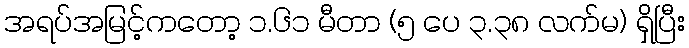
အရပ်အမြင့်ကတော့ ၁.၆၁ မီတာ (၅ ပေ ၃.၃၈ လက်မ) ရှိပြီး